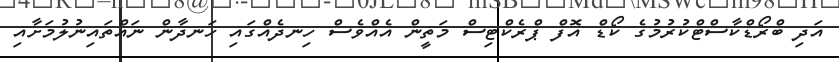
އަދި ބްރޯޑްކާސްޓްކުރުމުގެ ކޯޑް އޮފް ޕްރެކްޓިސް މަތީން އެއްވެސް ހިނދެއްގައި ހަނދާން ނައްތައިނުލުމަށާއި